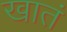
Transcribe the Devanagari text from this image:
खातं